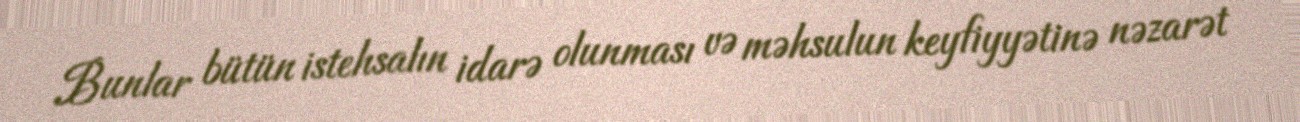
Bunlar bütün istehsalın idarə olunması və məhsulun keyfiyyətinə nəzarət